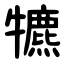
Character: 犥